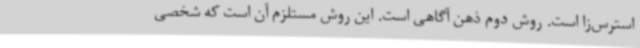
استرس‌زا است. روش دوم ذهن آگاهی است. این روش مستلزم آن است که شخصی